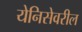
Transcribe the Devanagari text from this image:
येनिसेवरील